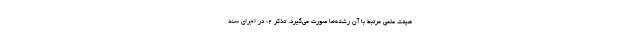
هیئت علمی مرتبط با آن رشته‌ها صورت می‌گیرد. تذکر ۲: در اجرای سند